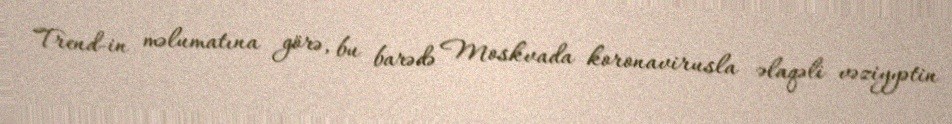
Trend-in məlumatına görə, bu barədə Moskvada koronavirusla əlaqəli vəziyyətin